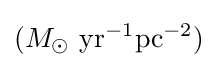
(M_{\odot }~{\textrm {yr}}^{-1}{\textrm {pc}}^{-2})